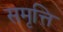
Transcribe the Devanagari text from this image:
समृत्ति